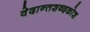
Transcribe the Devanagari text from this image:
वेदान्तशब्दकोश